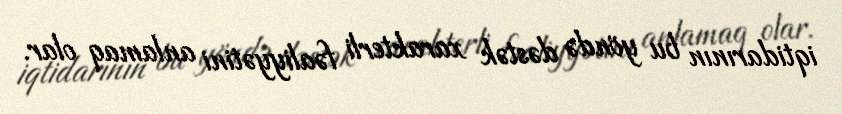
iqtidarının bu yöndə dəstək xarakterli fəaliyyətini anlamaq olar.